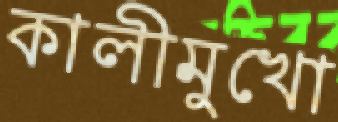
কালীমুখো